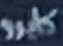
كايرو